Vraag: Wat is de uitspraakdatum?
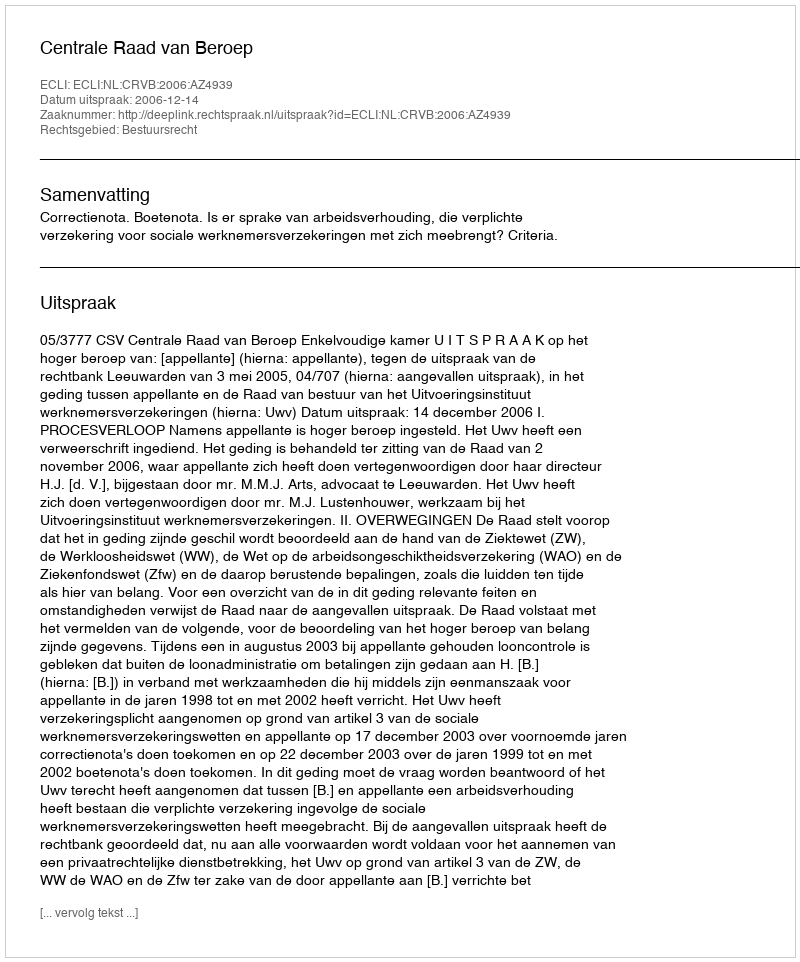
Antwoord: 2006-12-14